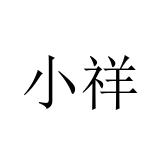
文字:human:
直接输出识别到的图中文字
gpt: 小祥